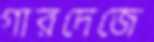
গারদেজে